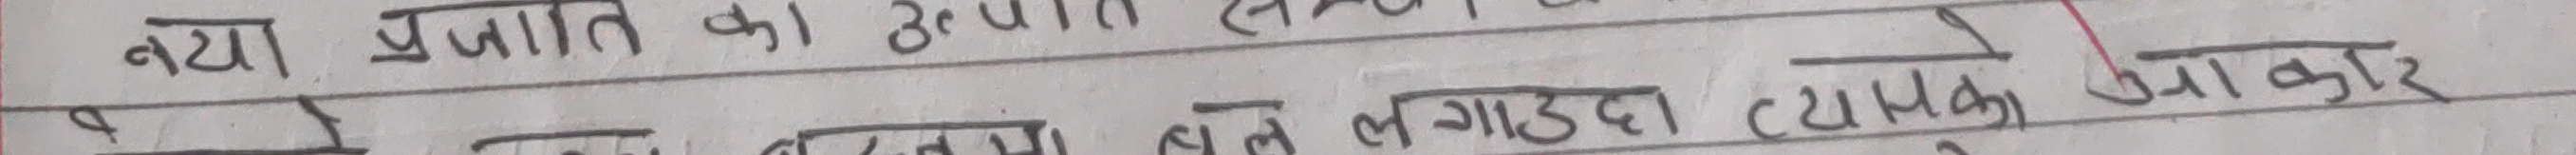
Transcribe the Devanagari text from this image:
नया प्रजाति का अनुपा
पैसा कमाउन तेल लगाउदा त्यसका प्रकार